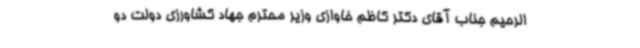
الرحیم جناب آقای دکتر کاظم خاوازی وزیر محترم جهاد کشاورزی دولت دو